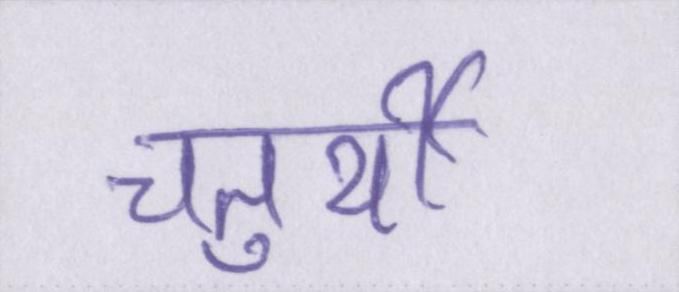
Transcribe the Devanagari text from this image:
चतुर्थी